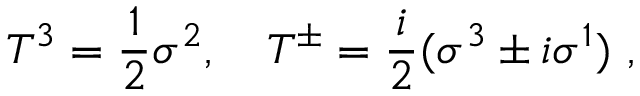
T ^ { 3 } = \frac { 1 } { 2 } \sigma ^ { 2 } , ~ ~ ~ T ^ { \pm } = \frac { i } { 2 } ( \sigma ^ { 3 } \pm i \sigma ^ { 1 } ) ~ ,